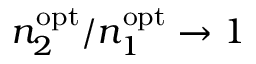
n _ { 2 } ^ { \mathrm { o p t } } / n _ { 1 } ^ { \mathrm { o p t } } \to 1